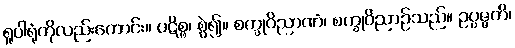
ရူပါရုံကိုလည်းကောင်း။ ပဋိစ္စ၊ စွဲ၍။ စက္ခုဝိညာဏံ၊ စက္ခုဝိညာဉ်သည်။ ဥပ္ပဇ္ဇတိ၊